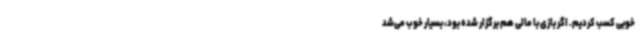
خوبی کسب کردیم. اگر بازی با مالی هم برگزار شده بود، بسیار خوب می‌شد